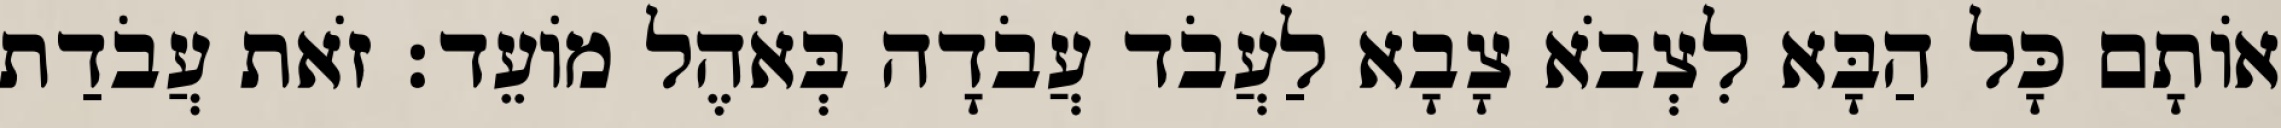
אוֹתָם כָּל הַבָּא לִצְבֹא צָבָא לַעֲבֹד עֲבֹדָה בְּאֹהֶל מוֹעֵד׃ זֹאת עֲבֹדַת